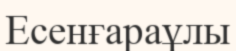
Есенғараұлы